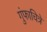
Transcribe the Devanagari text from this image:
गुंफाचित्रे